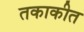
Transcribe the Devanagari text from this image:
तकाकीत